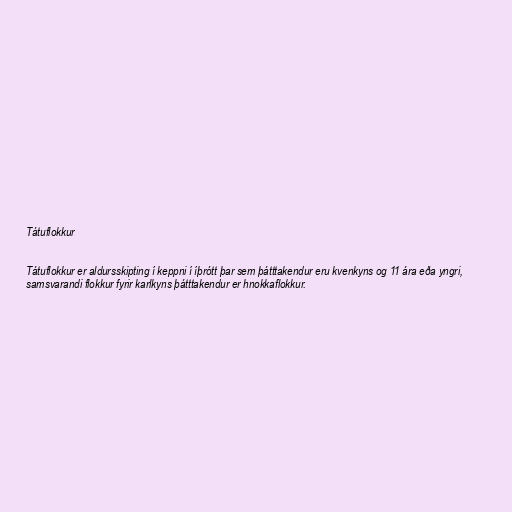
Tátuflokkur

Tátuflokkur er aldursskipting í keppni í íþrótt þar sem þátttakendur eru kvenkyns og 11 ára eða yngri,
samsvarandi flokkur fyrir karlkyns þátttakendur er hnokkaflokkur.